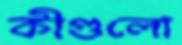
কীগুলো